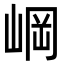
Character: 㟠